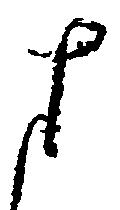
さ